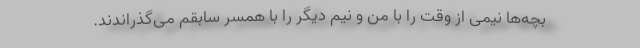
بچه‌ها نیمی از وقت را با من و نیم دیگر را با همسر سابقم می‌گذراندند.